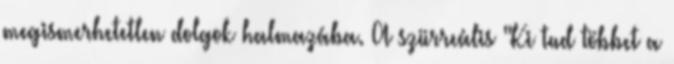
megismerhetetlen dolgok halmazába. A szürreális "Ki tud többet a